Report of the Imperial Institute of Veterinary Research, Muktesar
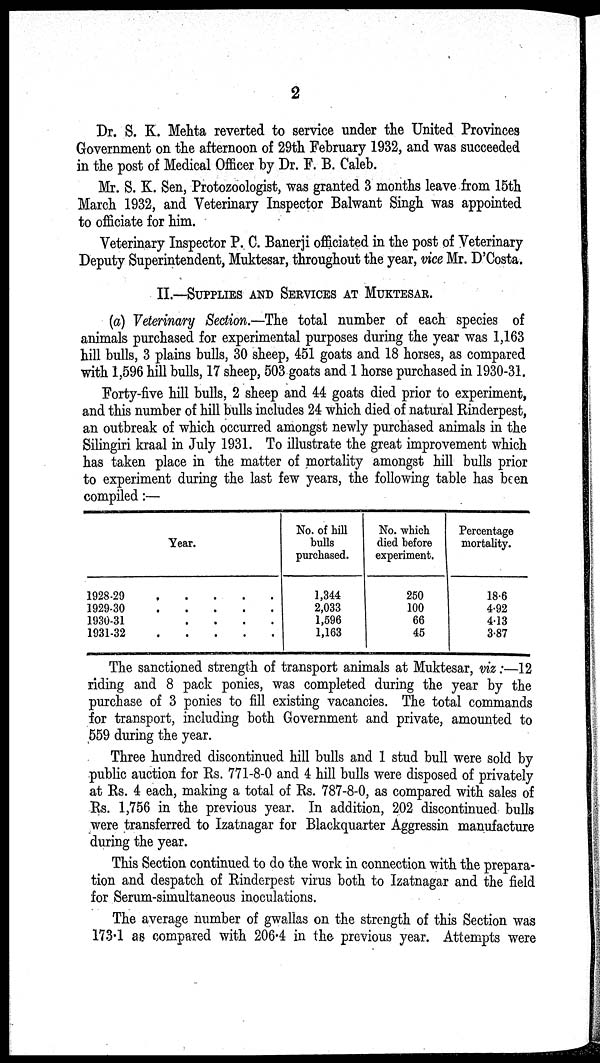
2
Dr. S. K. Mehta reverted to service under the United Provinces
Government on the afternoon of 29th February 1932, and was succeeded
in the post of Medical Officer by Dr. F. B. Caleb.
Mr. S. K. Sen, Protozoologist, was granted 3 months leave from 15th
March 1932, and Veterinary Inspector Balwant Singh was appointed
to officiate for him.
Veterinary Inspector P. C. Banerji officiated in the post of Veterinary
Deputy Superintendent, Muktesar, throughout the year, vice Mr. D'Costa.
II.—SUPPLIES AND SERVICES AT MUKTESAR.
(a) Veterinary Section.—The total number of each species of
animals purchased for experimental purposes during the year was 1,163
hill bulls, 3 plains bulls, 30 sheep, 451 goats and 18 horses, as compared
with 1,596 hill bulls, 17 sheep, 503 goats and 1 horse purchased in 1930-31.
Forty-five hill bulls, 2 sheep and 44 goats died prior to experiment,
and this number of hill bulls includes 24 which died of natural Rinderpest,
an outbreak of which occurred amongst newly purchased animals in the
Silingiri kraal in July 1931. To illustrate the great improvement which
has taken place in the matter of mortality amongst hill bulls prior
to experiment during the last few years, the following table has been
compiled :—
Year.
1928-29
1929-30
1930-31
....
1931-32
No. of hill
bulls
purchased.
1,344
2,033
1,596
1,163
No. which
died before
experiment.
250
100
66
45
Percentage
mortality.
18.6
4.92
4.13
3.87
The sanctioned strength of transport animals at Muktesar, viz :—12
riding and 8 pack ponies, was completed during the year by the
purchase of 3 ponies to fill existing vacancies. The total commands
for transport, including both Government and private, amounted to
559 during the year.
Three hundred discontinued hill bulls and 1 stud bull were sold by
public auction for Rs. 771-8-0 and 4 hill bulls were disposed of privately
at Rs. 4 each, making a total of Rs. 787-8-0, as compared with sales of
Rs. 1,756 in the previous year. In addition, 202 discontinued bulls
were transferred to Izatnagar for Blackquarter Aggressin manufacture
during the year.
This Section continued to do the work in connection with the prepara-
tion and despatch of Rinderpest virus both to Izatnagar and the field
for Serum-simultaneous inoculations.
The average number of gwallas on the strength of this Section was
173.1 as compared with 206.4 in the previous year. Attempts were